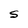
Character: S